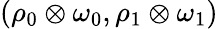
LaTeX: (\rho_{0}\otimes\omega_{0},\rho_{1}\otimes\omega_{1})